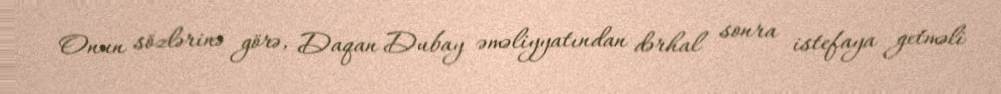
Onun sözlərinə görə, Daqan Dubay əməliyyatından dərhal sonra istefaya getməli